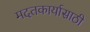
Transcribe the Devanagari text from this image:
मदतकार्यासाठी